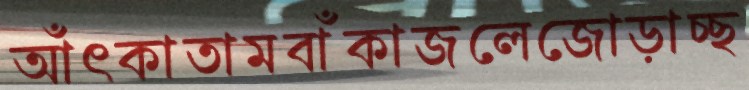
আঁৎকাতামবাঁকাজলেজোড়াচ্ছ